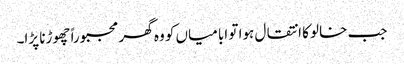
جب خالو کا انتقال ہوا تو ابا میاں کو وہ گھر مجبوراً چھوڑنا پڑا۔